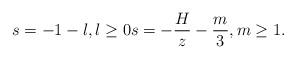
LaTeX: \begin{align*}s=-1-l, l\geq 0 s=-\frac{H}{z}-\frac{m}{3}, m\geq 1.\end{align*}